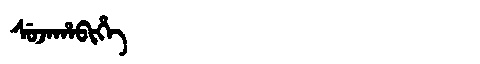
Manchu: ᠰᡠᠵᠠᡥᠠᠪᡳᡥᡝ
Romanization: SUJAHABIHE